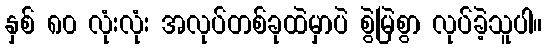
နှစ် ၈၀ လုံးလုံး အလုပ်တစ်ခုထဲမှာပဲ စွဲမြဲစွာ လုပ်ခဲ့သူပါ။